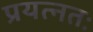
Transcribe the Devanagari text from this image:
प्रयत्नतः